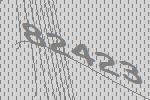
82423